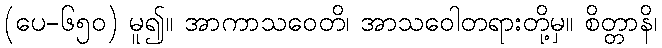
(ပေ-၆၅၀) မူ၍။ အာကာသဝေတိ၊ အာသဝေါတရားတို့မှ။ စိတ္တာနိ၊